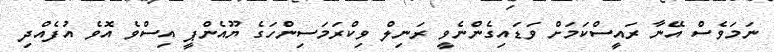
ނަމަވެސް އޭނާ ރައީސްކަމަށް ވަޑައިގެންނެވީ ރަނިލް ވިކްރަމަސިންހަގެ ޔޫއެންޕީ އިސްވެ އޮވެ އުފެއްދި